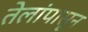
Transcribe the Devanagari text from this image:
तेलांपासून